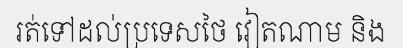
រត់ទៅដល់ប្រទេសថៃ វៀតណាម និង